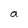
Character: a